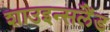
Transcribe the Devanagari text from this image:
शाउइन्सलैंड